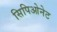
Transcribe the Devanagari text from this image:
सिपिओनेट